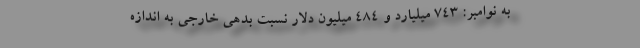
به نوامبر: ۷۴۳ میلیارد و ۴۸۴ میلیون دلار نسبت بدهی خارجی به اندازه